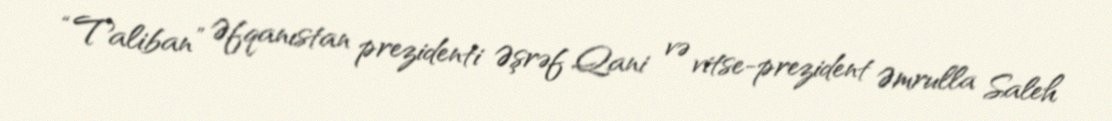
“Taliban” Əfqanıstan prezidenti Əşrəf Qani və vitse-prezident Əmrulla Saleh